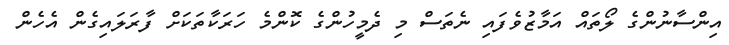
އިންސާނުންގެ ލޯތައް އަމާޒުވެފައި ނެތަސް މި ދެމީހުންގެ ކޮންމެ ހަރަކާތަކަށް ފާރަލައިގެން އެހެން